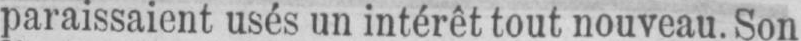
paraissaient usés un intérêt tout nouveau. Son